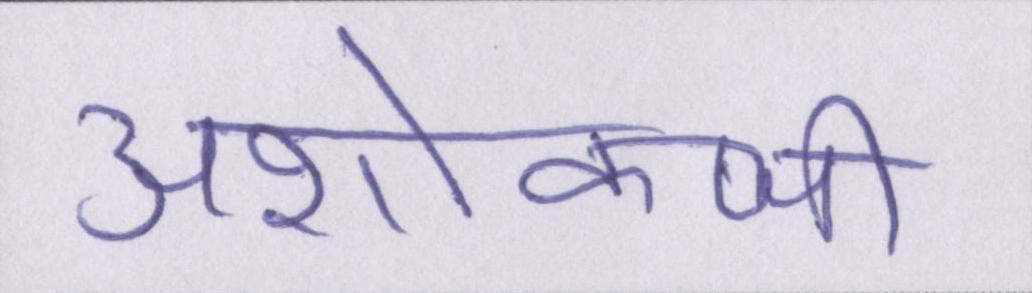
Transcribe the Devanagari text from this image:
अशोकजी